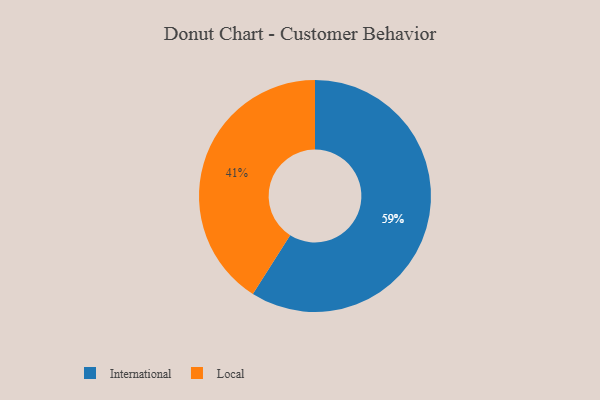
{"axis": {"x": "Category", "y": "Percentage"}, "legend": ["International", "Local"], "data": [{"x": "Local", "y": 41, "type": "Local"}, {"x": "International", "y": 59, "type": "International"}]}